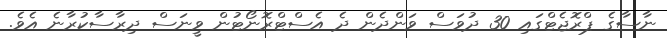
ނާސާގެ ޕްރޮޖެޓްގައި 30 ދުވަސް ވަންދެން ދެ އެސްޓްރޮނޯޓުން ވީނަސް ދިރާސާކުރާނެ އެވެ.